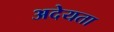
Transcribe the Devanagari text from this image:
अदेयता